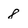
Character: 8